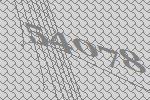
54078